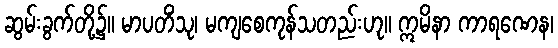
ဆွမ်းခွက်တို့၌။ မာပတိံသု၊ မကျစေကုန်သတည်းဟု။ ဣမိနာ ကာရဏေန၊